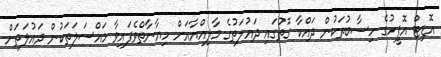
އޮޑިޓް އޮފީހުގެ ހިސާބުތަކުން ދައްކާ ގޮތުގައި ދައުލަތުގެ މާލިއްޔާއަށް ހިޔާނާތްވެފައިވާ މައްސަލަތަކުން ދައުލަތަށް